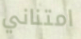
امتناني